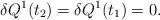
LaTeX: \begin{align*}\delta Q^{1}(t_{2})=\delta Q^{1}(t_{1})=0.\end{align*}